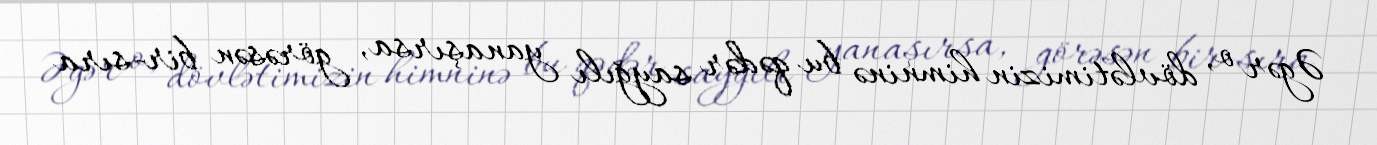
Əgər o, dövlətimizin himninə bu qədər sayğılı yanaşırsa, görəsən bir-sıra